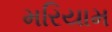
મરિયામ